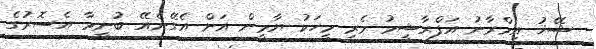
ޝޭޚު އިމްރާނު އަފްރާޝީމު މެރި މީހަކު ޔާމީން އަށް އެގޭނެއޭ ބުނީމާ އެސޮރުގެ